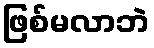
ဖြစ်မလာဘဲ